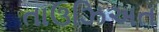
તાઉઝિઅત